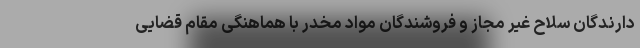
دارندگان سلاح غیر مجاز و فروشندگان مواد مخدر با هماهنگی مقام قضایی